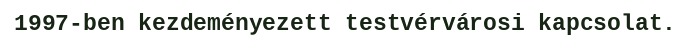
1997-ben kezdeményezett testvérvárosi kapcsolat.